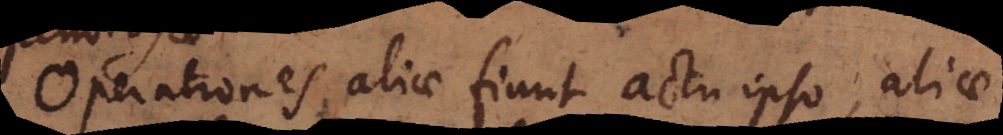
Operationes aliae fiunt actu ipso, aliae